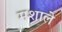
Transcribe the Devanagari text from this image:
मशाले